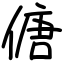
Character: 傏